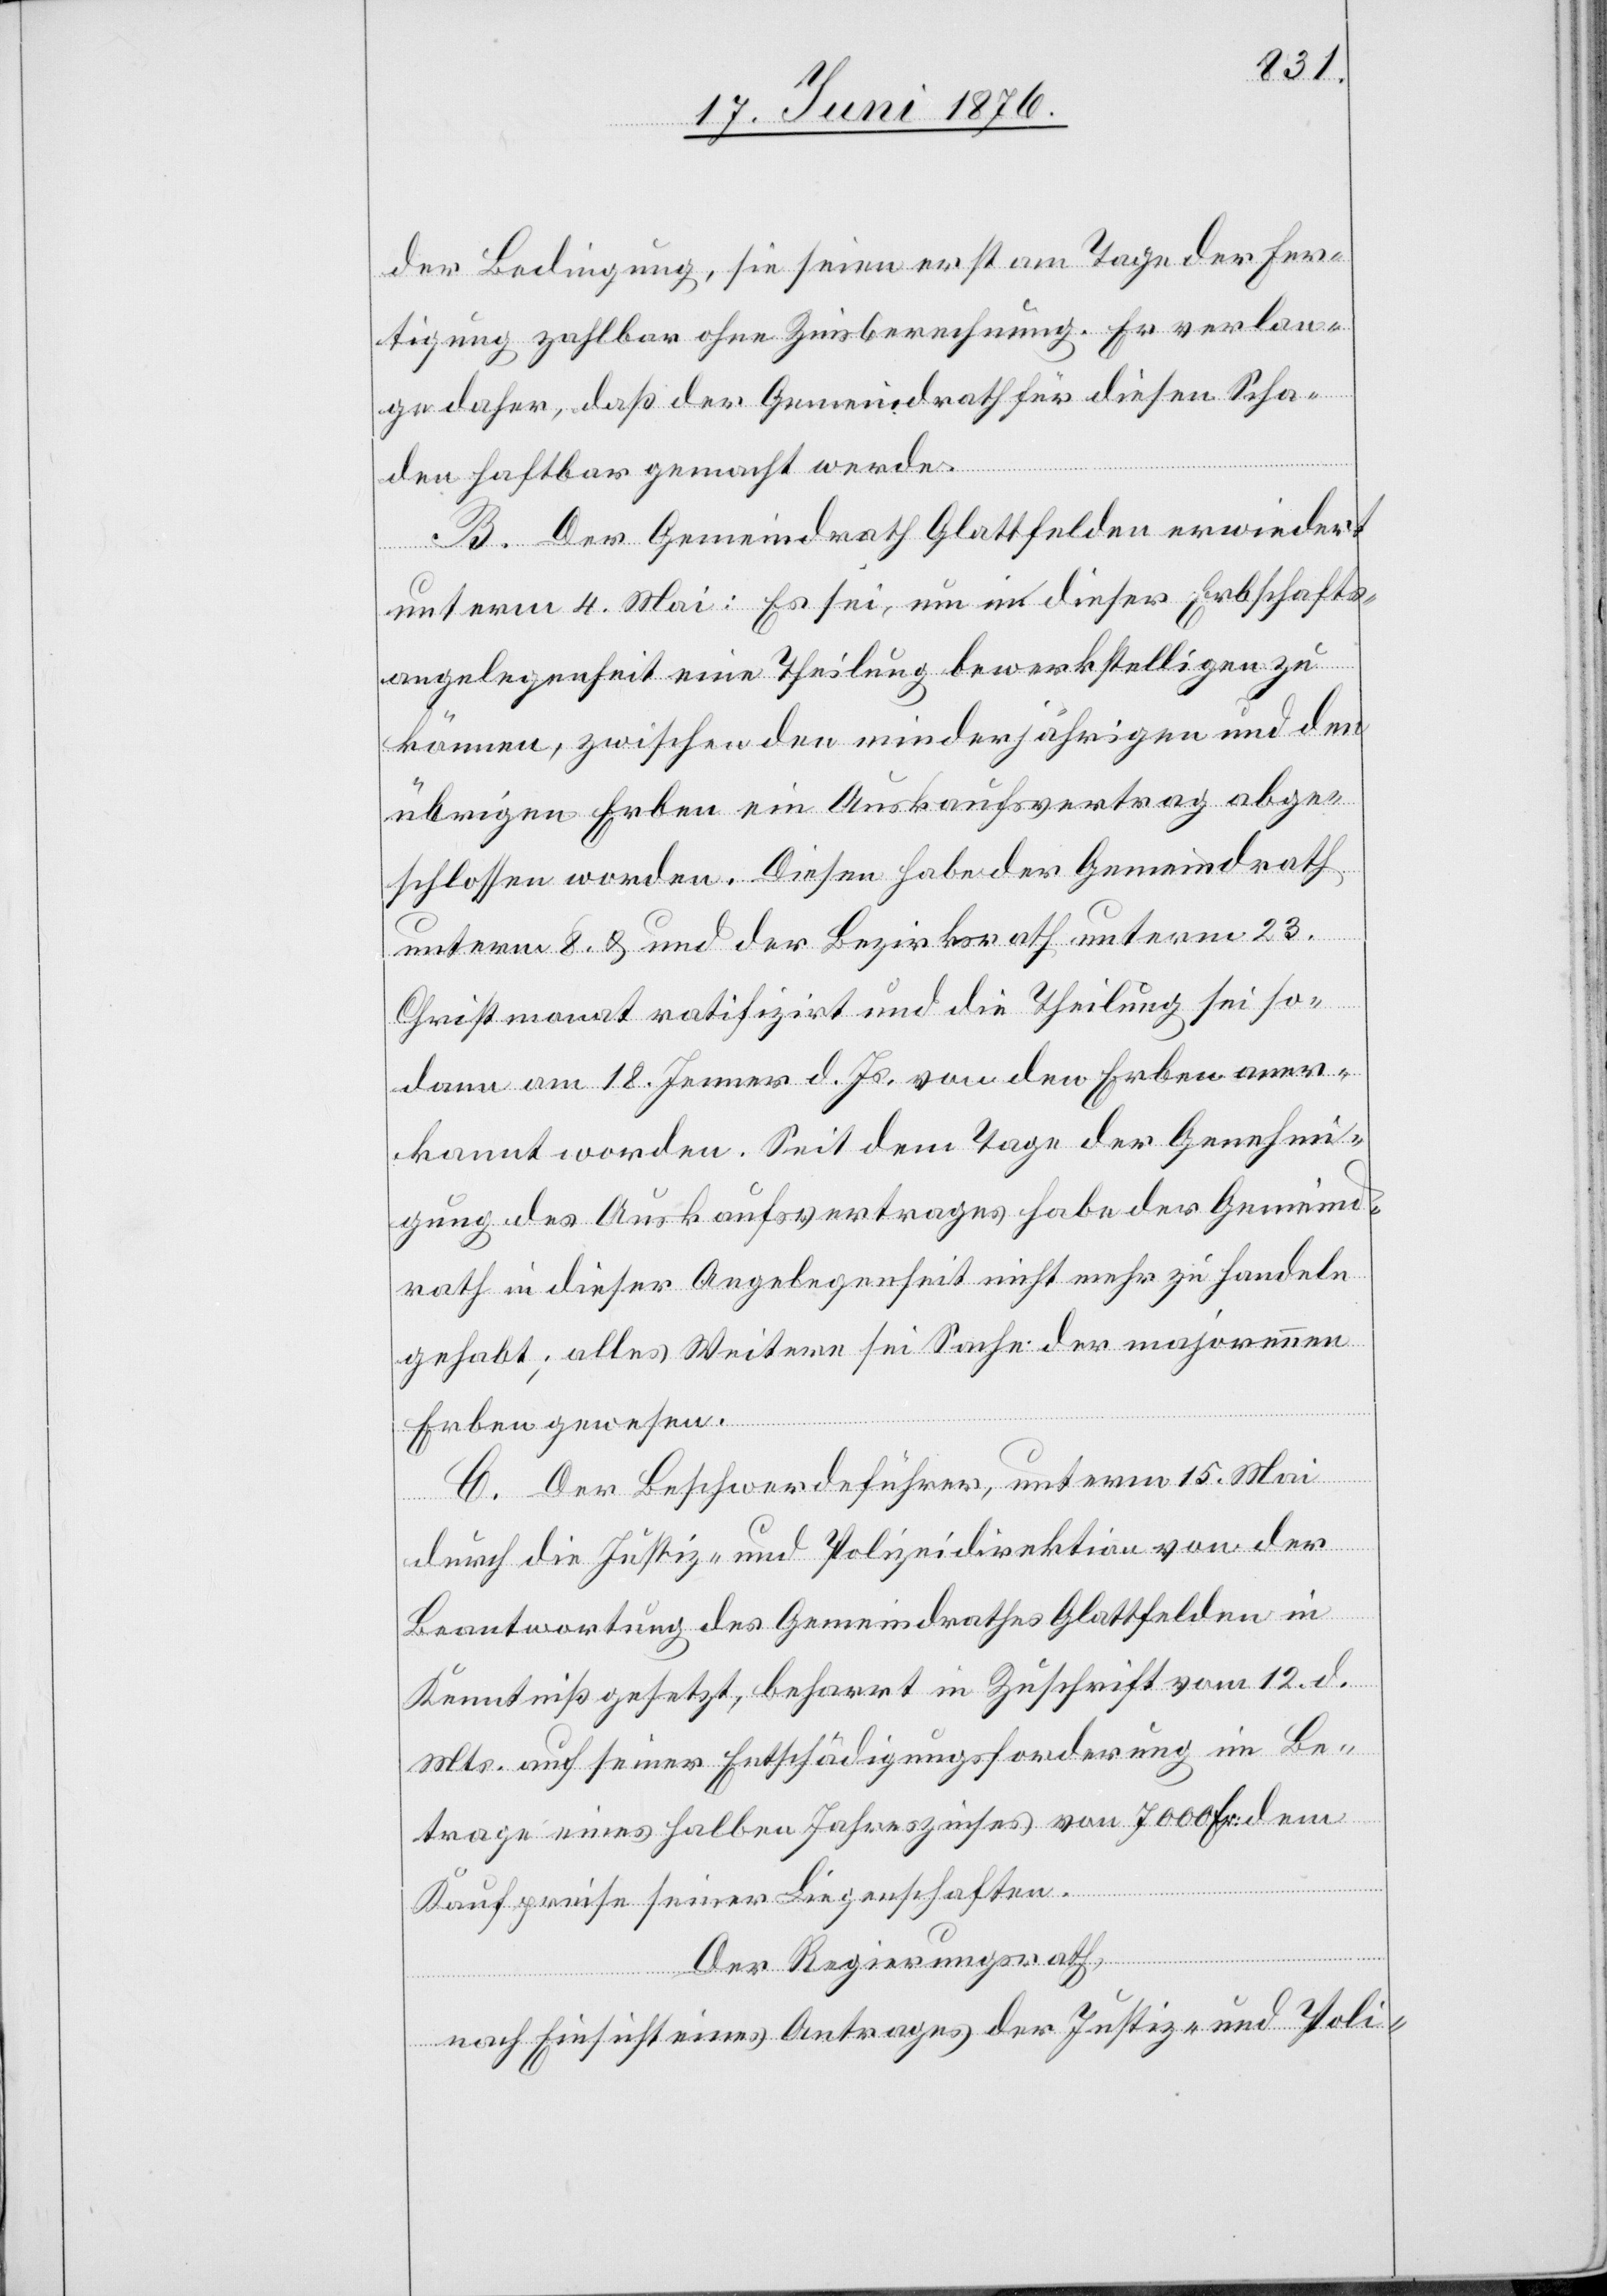
der Bedingung, sie seien erst am Tage der Fer¬
tigung zahlbar ohne Zinsberechnung. Er verlan¬
ge daher, daß der Gemeindrath für diesen Scha¬
den haftbar gemacht werde.
B. Der Gemeindrath Glattfelden erwiedert
unterm 4. Mai: Es sei, um in dieser Erbschafts¬
angelegenheit eine Theilung bewerkstelligen zu
können, zwischen den minderjährigen und den
übrigen Erben ein Auskaufvertrag abge¬
schlossen worden. Diesen habe der Gemeindrath
unterm 8. & und [sic!] der Bezirksrath unterm 23.
Christmonat ratifizirt und die Theilung sei so¬
dann am 18. Jenner d. Js. von den Erben aner¬
kannt worden. Seit dem Tage der Genehmi¬
gung des Auskaufvertrages habe der Gemeind¬
rath in dieser Angelegenheit nicht mehr zu Handeln
gehabt; alles Weitere sei Sache der majorennen
Erben gewesen.
C. Der Beschwerdeführer, unterm 15. Mai
durch die Justiz- und Polizeidirektion von der
Beantwortung des Gemeindrathes Glattfelden in
Kenntniß gesetzt, beharrt in Zuschrift vom 12. d.
Mts. auf seiner Entschädigungsforderung im Be¬
trage eines halben Jahreszinses von 7000 Fr. dem
Kaufpreise seiner Liegenschaften.
Der Regierungsrath,
nach Einsicht eines Antrages der Justiz- und Poli-